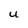
Character: U